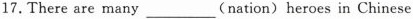
17.There are many ___(nation) heroes in Chinese